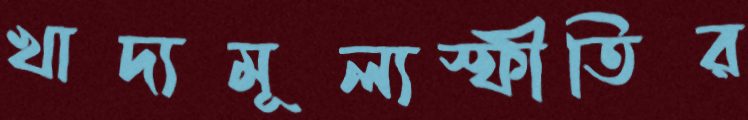
খাদ্যমূল্যস্ফীতির